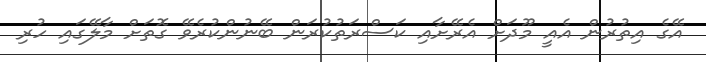
އޭގެ އިތުރުން އެއީ މޫދަށް އެރޭށާއި ކަސްރަތުކުރަން ބޭނުންކުރެވޭ ގޮތަށް މާލޭގައި ހުރި